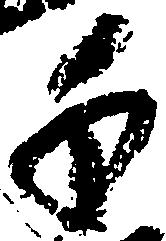
千